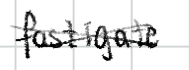
Text: fastigate
Cross-out: cross
Writing tool: digital_black